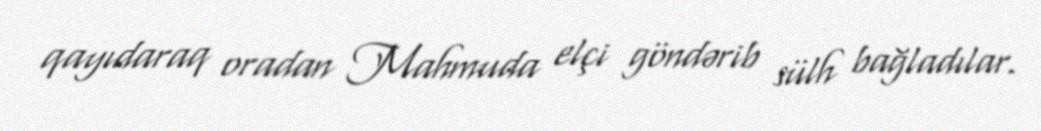
qayıdaraq oradan Mahmuda elçi göndərib sülh bağladılar.